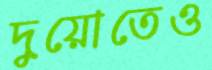
দুয়োতেও